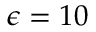
\epsilon = 1 0